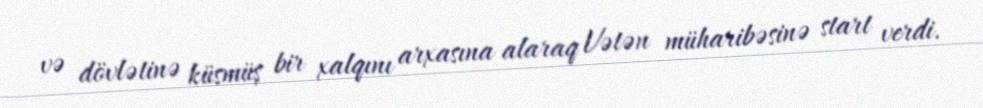
və dövlətinə küsmüş bir xalqını arxasına alaraq Vətən müharibəsinə start verdi.